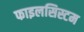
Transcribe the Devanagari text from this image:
फाइलसिस्टम